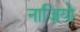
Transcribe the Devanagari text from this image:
नाज्रियो